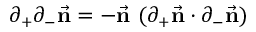
\partial _ { + } \partial _ { - } { \vec { \bf n } } = - { \vec { \bf n } } \, \, ( \partial _ { + } { \vec { \bf n } } \cdot \partial _ { - } { \vec { \bf n } } )